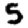
Digit: 5